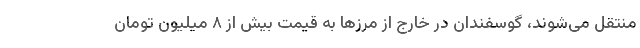
منتقل می‌شوند، گوسفندان در خارج از مرزها به قیمت بیش از ۸ میلیون تومان